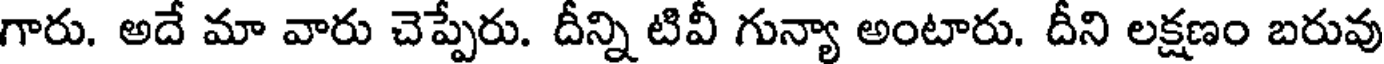
గారు. అదే మా వారు చెప్పేరు. దీన్ని టివీ గున్యా అంటారు. దీని లక్షణం బరువు